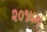
૨૦૧૫મા